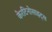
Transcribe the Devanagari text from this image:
केरटिनोसाइट्स